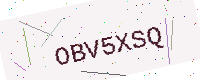
Text: OBV5XSQ